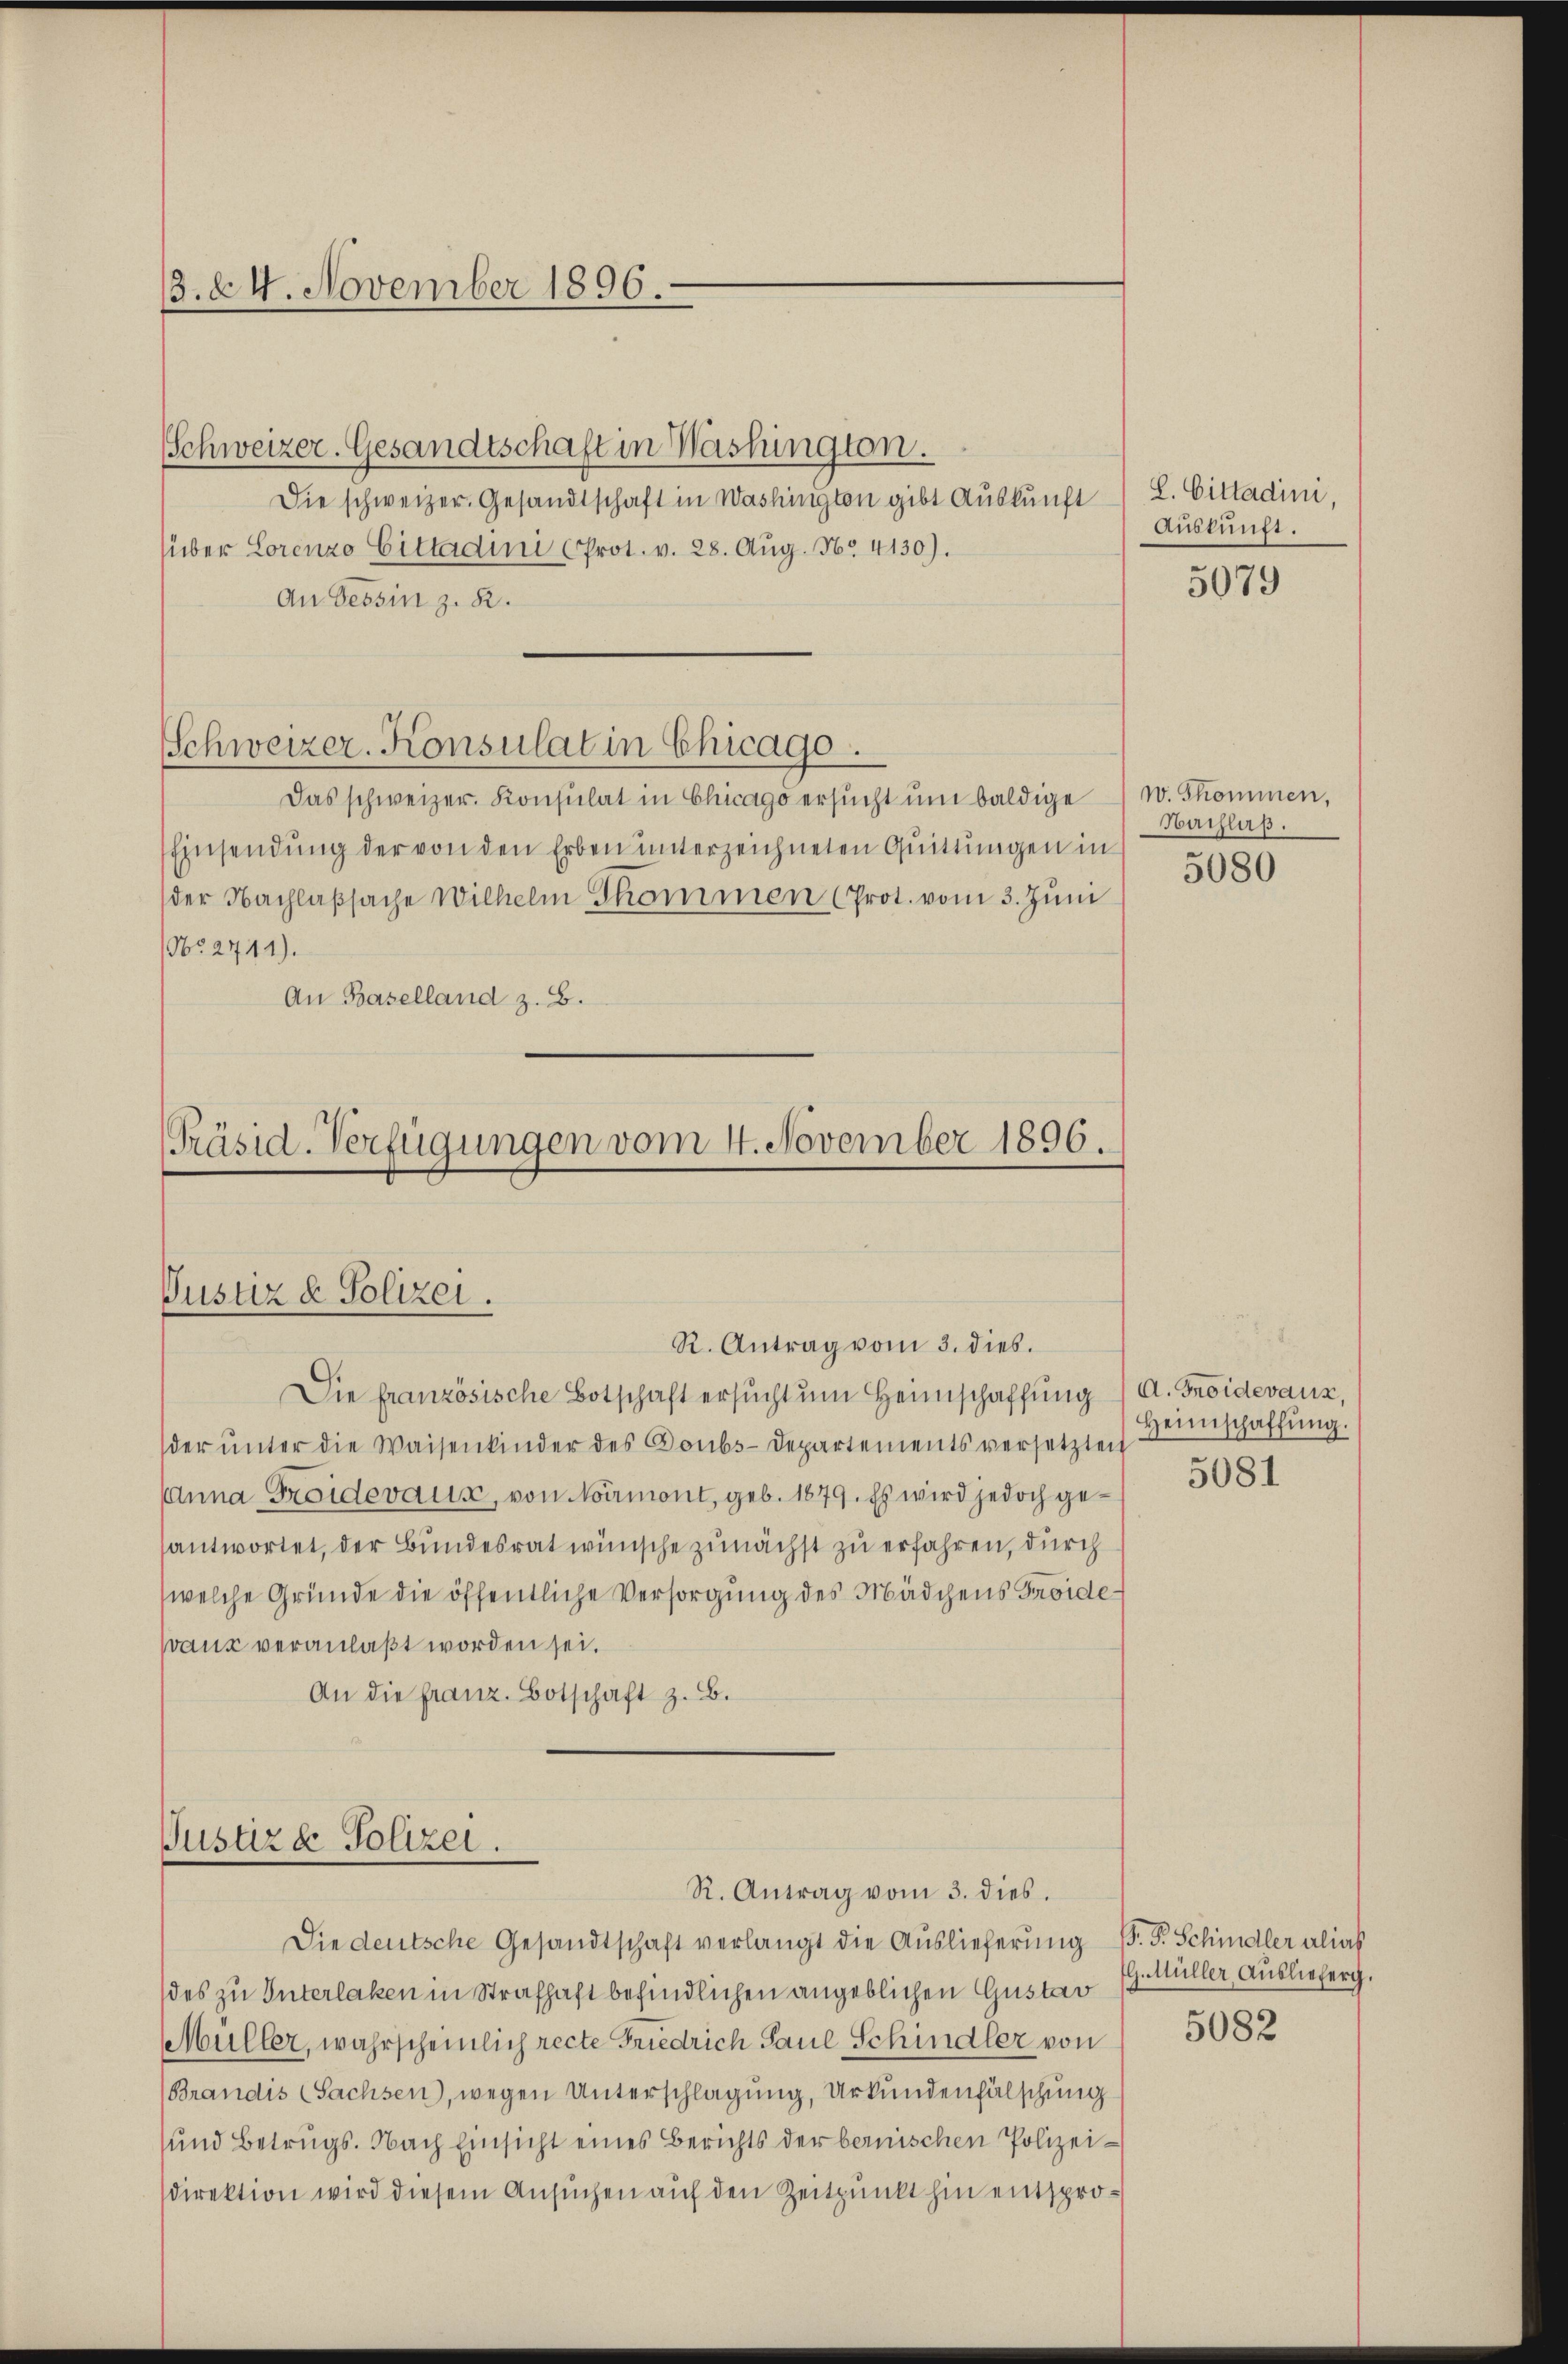
3. 24. November 1896.

Schweizer-Konsulat in Chicago.

Justiz & Polizei.
R. Antrag vom 3. dies.

[Präsid. Verfügungen vom 4. November 1896.

Schweizer. Gesandtschaft in Washington.
Die schweizer. Gesandtschaft in Washington gibt Auskunft
über Lorenzo Gittadini (Prot. v. 28. Aug. No. 4130).
An Tessin z. B.
Das schweizer. Konsulat in Chicago ersŭcht ŭm baldige) w. Skommen,
Einsendung der von den Erben unterzeichneten Quittungen in
der Nachlaβsache Wilhelm Skommen (Prot. vom 3. Jŭni
N° 2711).
An Baselland z. B.

Die französische Botschaft ersucht um Heimschaffung / A. Froidevanz,
der ŭnter die Waisenkinder des Boubs-Departements versetzten
Anna Freideraus, von Normont, geb. 1879. Es wird jedoch gesantwortet, der Bundesrat wünsche zunächst zu erfahren, durch
(welche Gründe die öffentliche Versorgung des Mädchens Froideaux veranlaßt worden sei.
An die franz. Botschaft z. B.

Justiz & Polizei.
R. Antrag vom 3. dies.

Die deutsche Gesandtschaft verlangt die Auslieferung P. P. Schindler alias

L. Cittadini
Auskunft.

des zu Unterlaken in Strafhaft befindlichen angeblichen Gustav
Müller, wahrscheinlich recte Friedrich Paul Schindler von
(Brandis (Sachsen, wegen Unterschlagung, Urkundenfälschung
und Betrugs. Nach Einsicht eines Berichts der bernischen Polizeidirektion wird diesem Ansuchen auf den Zeitpunkt hin entspro¬

5079

Nachlaß.
5080

Heimschaffung.
5081

G. Müller Auslieferg.

5082